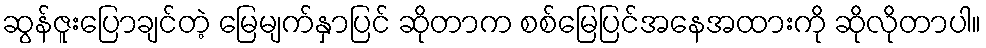
ဆွန်ဇူးပြောချင်တဲ့ မြေမျက်နှာပြင် ဆိုတာက စစ်မြေပြင်အနေအထားကို ဆိုလိုတာပါ။